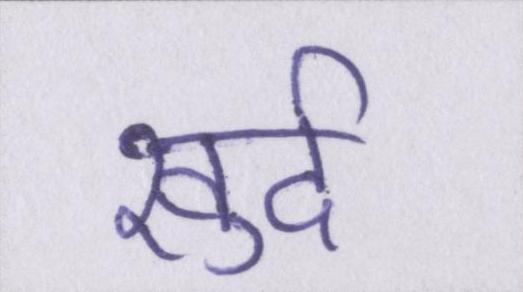
खुर्द